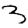
Digit: 3